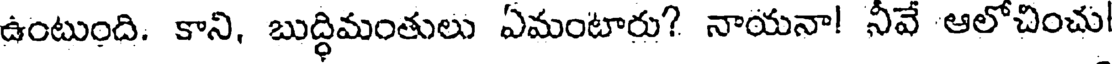
ఉంటుంది. కాని, బుద్ధిమంతులు ఏమంటారు? నాయనా! నీవే ఆలోచించు